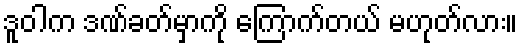
ဒူဝါက ဒဏ်ခတ်မှာကို ကြောက်တယ် မဟုတ်လား။